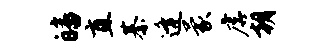
皤直綦逄蒙虐朝